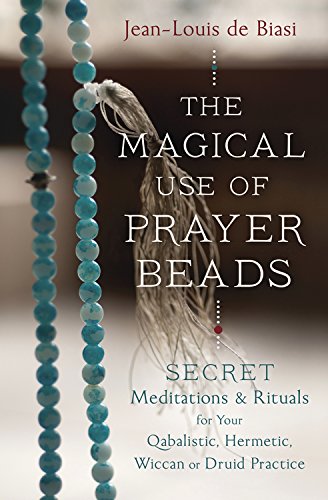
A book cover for The Magical Use of Prayer Beads: Secret Meditations & Rituals for Your Qabalistic, Hermetic, Wiccan or Druid Practice; Jean-Louis de Biasi; Religion & Spirituality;